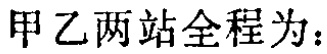
甲乙两站全程为：